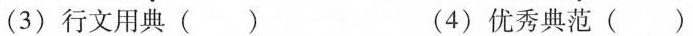
(3)行文用典() (4)优秀典范()